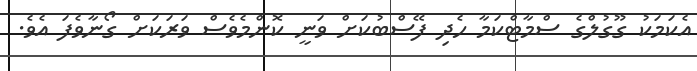
އެކަމަކު ގޫގުލްގެ ސްމާޓްކަމާ ހެދި ފޭސްބުކަށް ވަނީ ކޮންމެވެސް ވަރަކަށް ގޯނާވެފަ އެވެ.